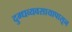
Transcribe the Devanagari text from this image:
दुग्धव्यवसायापासून